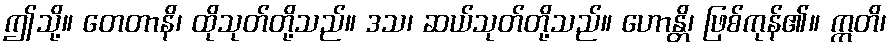
ဤသို့။ တေတာနိ၊ ထိုသုတ်တို့သည်။ ဒသ၊ ဆယ်သုတ်တို့သည်။ ဟောန္တိ၊ ဖြစ်ကုန်၏။ ဣတိ၊